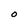
Character: O